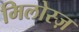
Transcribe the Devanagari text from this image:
मिलोस्ज़